Regulations for the medical services of the Army of India
Year: 1930
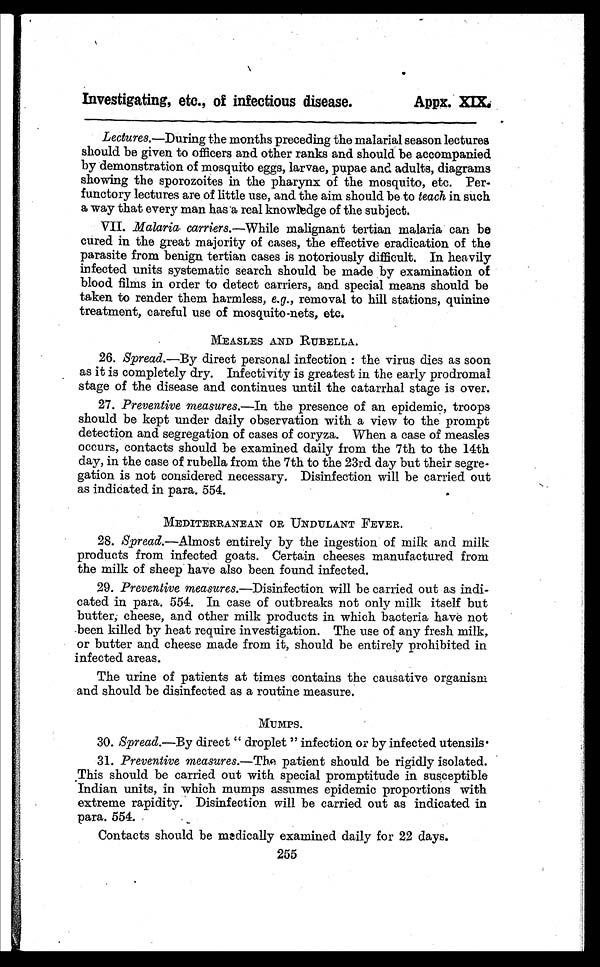
Investigating, etc., of infectious disease.
Appx. XIX.
Lectures. —During the months preceding the malarial season lectures
should be given to officers and other ranks and should be accompanied
by demonstration of mosquito eggs, larvae, pupae and adults, diagrams
showing the sporozoites in the pharynx of the mosquito, etc. Per-
functory lectures are of little use, and the aim should be to teach in such
a way that every man has a real knowledge of the subject.
VII. Malaria carriers.—While malignant tertian malaria can be
cured in the great majority of cases, the effective eradication of the
parasite from benign tertian cases is notoriously difficult. In heavily
infected units systematic search should be made by examination of
blood films in order to detect carriers, and special means should be
taken to render them harmless, e.g., removal to hill stations, quinine
treatment, careful use of mosquito-nets, etc.
MEASLES AND RUBELLA.
26. Spread.—By direct personal infection : the virus dies as soon
as it is completely dry. Infectivity is greatest in the early prodromal
stage of the disease and continues until the catarrhal stage is over.
27. Preventive measures.—In the presence of an epidemic, troops
should be kept under daily observation with a view to the prompt
detection and segregation of cases of coryza. When a case of measles
occurs, contacts should be examined daily from the 7th to the 14th
day, in the case of rubella from the 7th to the 23rd day but their segre-
gation is not considered necessary. Disinfection will be carried out
as indicated in para. 554.
MEDITERRANEAN OR UNDULANT FEVER.
28. Spread.—Almost entirely by the ingestion of milk and milk
products from infected goats. Certain cheeses manufactured from
the milk of sheep have also been found infected.
29. Preventive measures .—Disinfection will be carried out as indi-
cated in para. 554. In case of outbreaks not only milk itself but
butter, cheese, and other milk products in which bacteria have not
been killed by heat require investigation. The use of any fresh milk,
or butter and cheese made from it, should be entirely prohibited in
infected areas.
The urine of patients at times contains the causative organism
and should be disinfected as a routine measure.
MUMPS.
30. Spread.—By direct " droplet " infection or by infected utensils.
31. Preventive measures.—The patient should be rigidly isolated.
This should be carried out with special promptitude in susceptible
Indian units, in which mumps assumes epidemic proportions with
extreme rapidity. Disinfection will be carried out as indicated in
para. 554.
Contacts should be medically examined daily for 22 days.
255